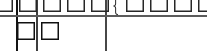
٦٦